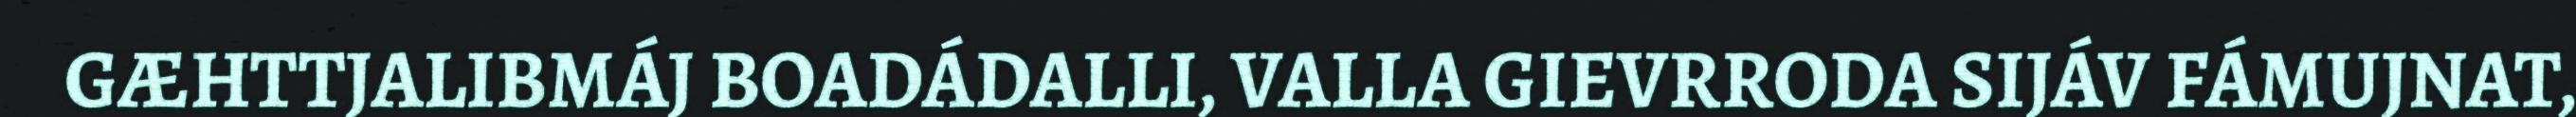
GÆHTTJALIBMÁJ BOADÁDALLI, VALLA GIEVRRODA SIJÁV FÁMUJNAT,